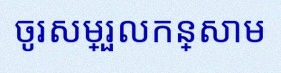
ចូរសម្រួលកន្សោម